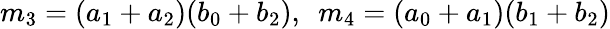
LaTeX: m_{3}=(a_{1}+a_{2})(b_{0}+b_{2}),\ \ m_{4}=(a_{0}+a_{1})(b_{1}+b_{2})